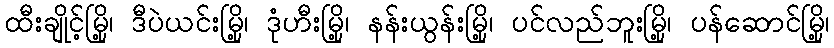
ထီးချိုင့်မြို့၊ ဒီပဲယင်းမြို့၊ ဒုံဟီးမြို့၊ နန်းယွန်းမြို့၊ ပင်လည်ဘူးမြို့၊ ပန်ဆောင်မြို့၊